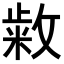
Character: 𭤆